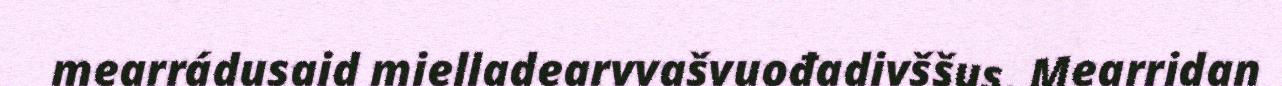
mearrádusaid mielladearvvašvuođadivššus. Mearridan